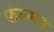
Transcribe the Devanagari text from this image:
फेय्न्मन